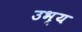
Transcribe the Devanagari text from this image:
उभ्य